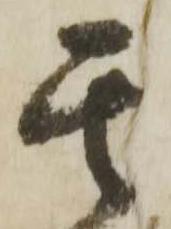
其